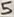
Text: 5